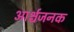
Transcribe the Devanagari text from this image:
आर्श्चजनक